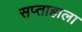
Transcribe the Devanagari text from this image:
सप्‍ताहाला